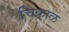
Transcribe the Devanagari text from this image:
चिकाळ